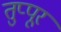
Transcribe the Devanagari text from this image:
तुप्पूर